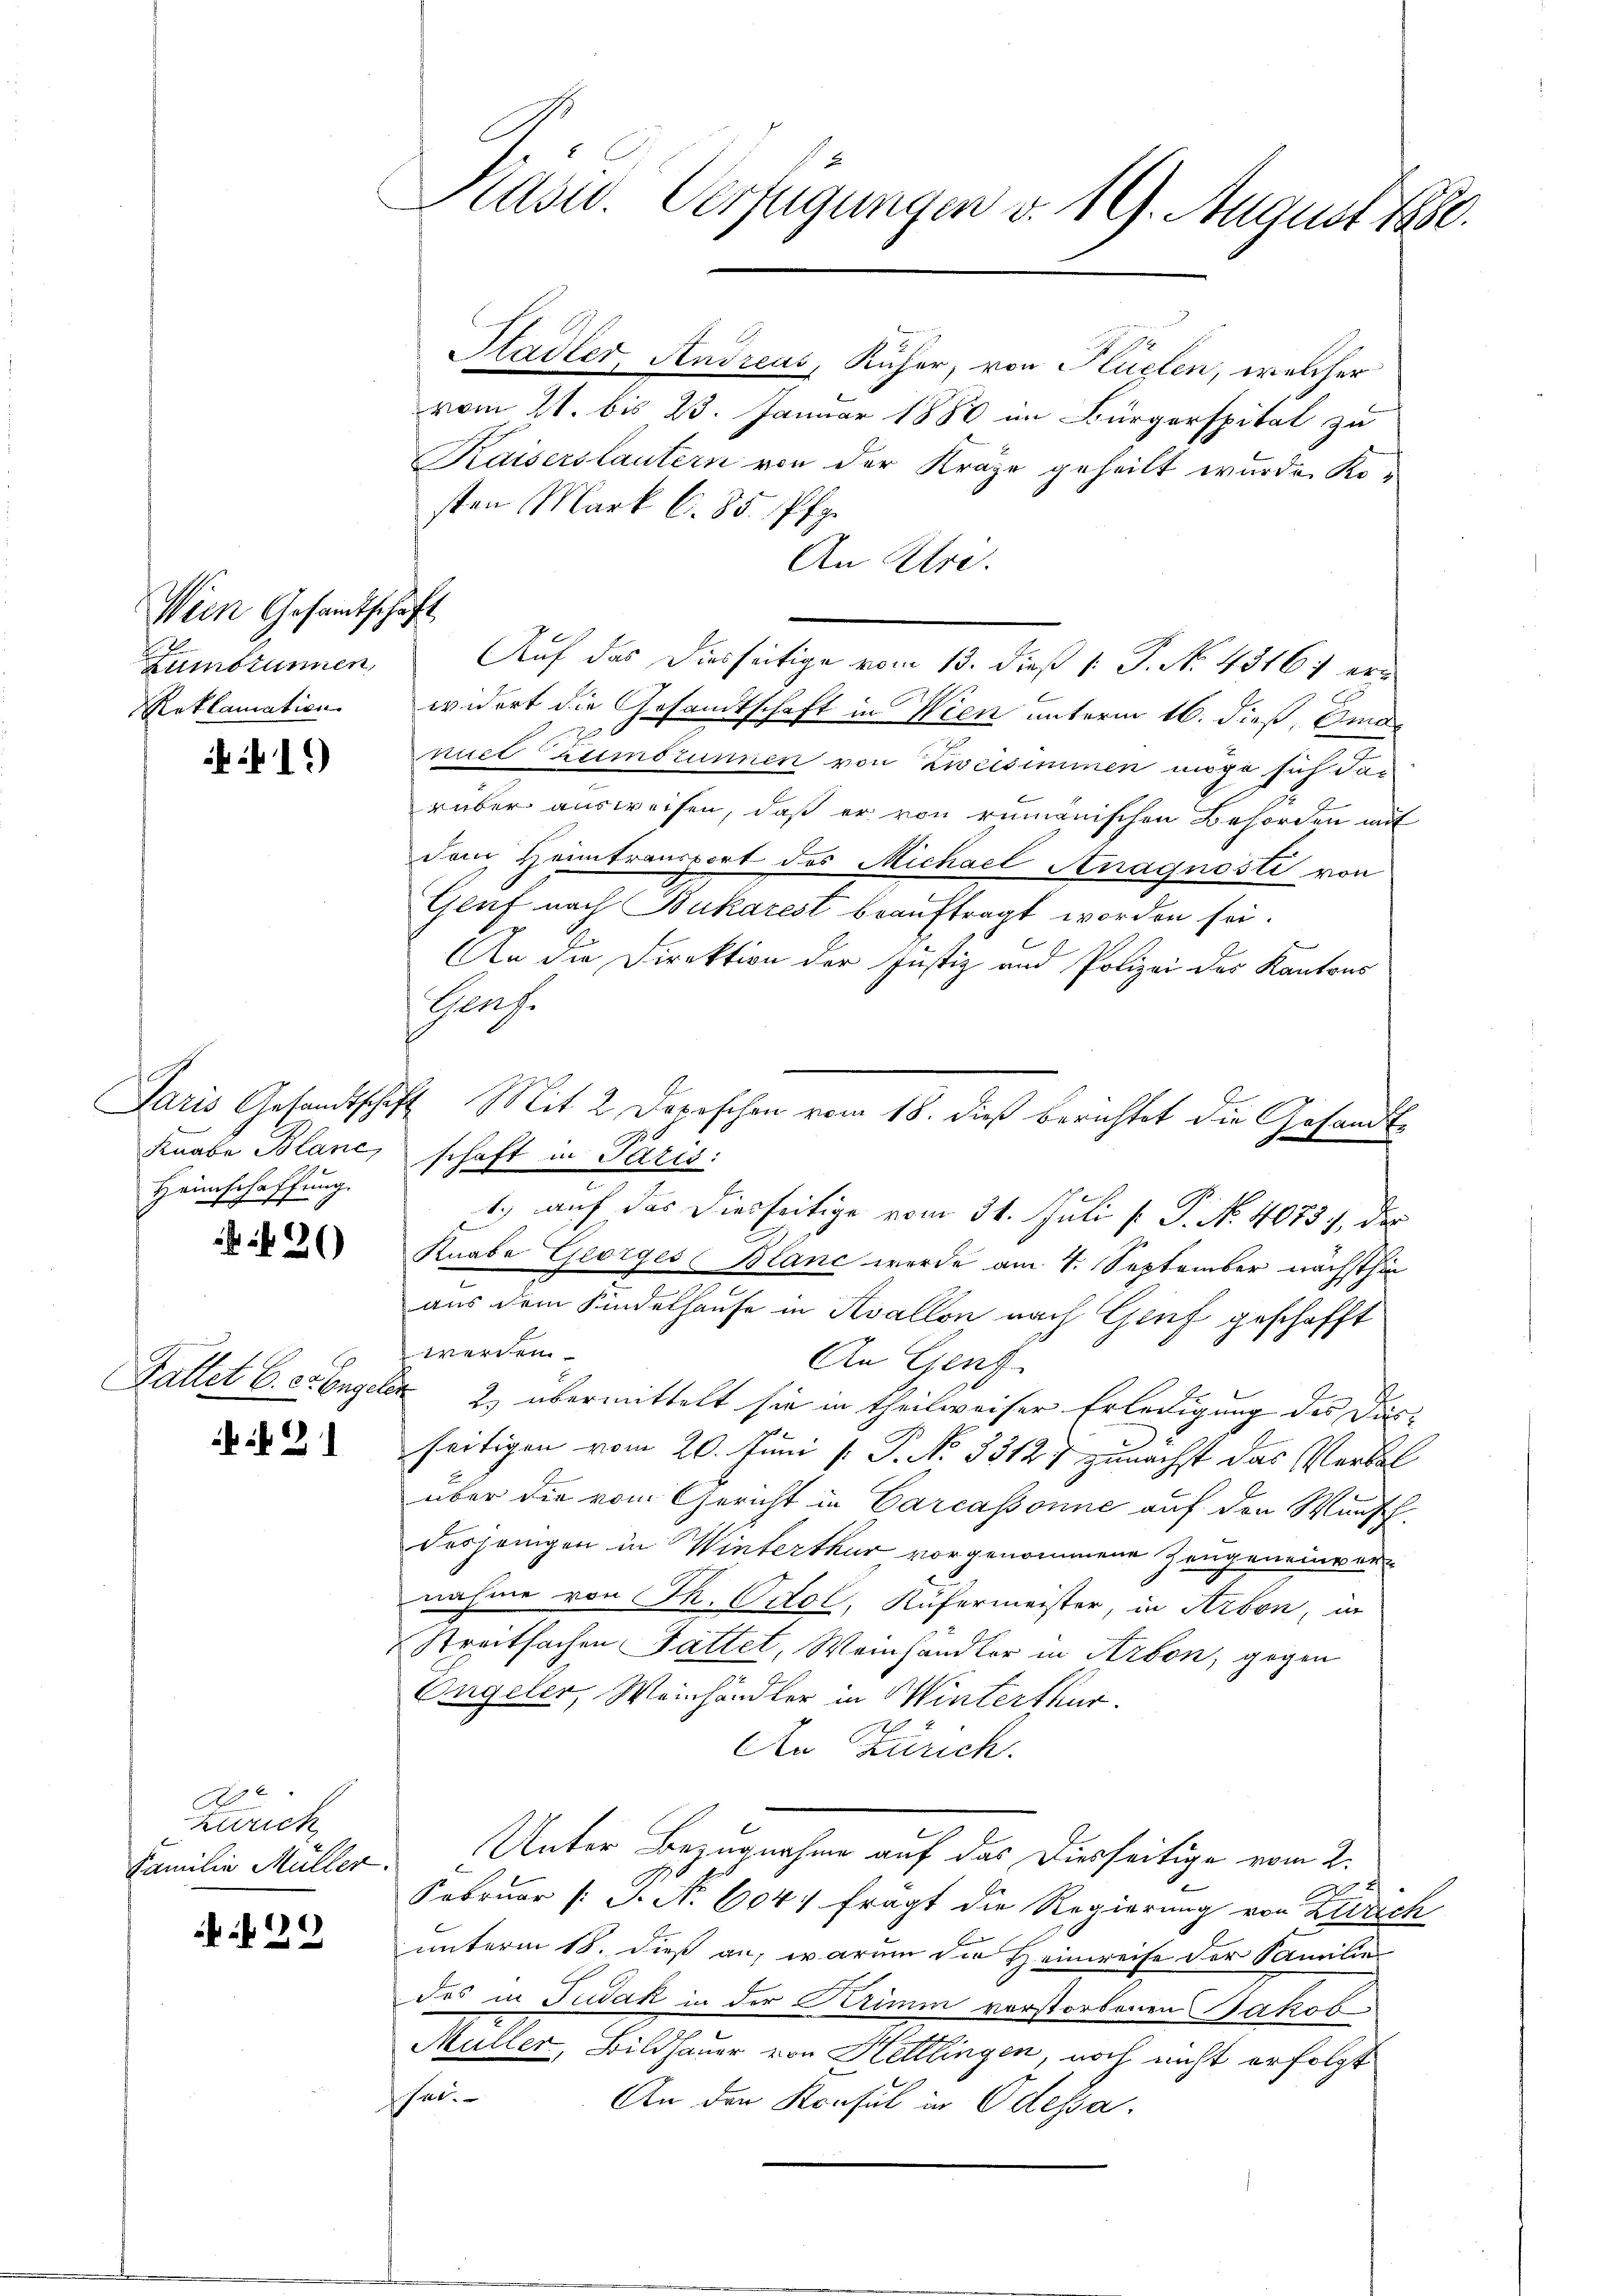
Wein Gesandtschaft
Lumbrunnen,
Reklamation

41)

¬
Knabe Blanc,
Heimschaffung.

26)

Faltet C. c. Engel

21

Zürich,
Familie Müller.

d
 2

Kasu. Verfügungen v. 19. August 1880.

Paris Gesandtschaft Mit 2 Depeschen vom 18. dieß berichtet die Gesandte

Stadler, Andreas, Ruher, von Hlüelen, welcher
vom 21. bis 23. Januar 1880 im Bürgerspital zu
Kaisers lautern von der Kräge geheilt wurde Kosten Mark C. 85. Pfg.
An Uri.
Auf das diesseitige vom 13. dieß 1: P. No. 43161 er
widert die Gesandtschaft in Wien unterm 16. dieß, Omaniel Zumdrunnen von Zweisimmen möge sich dar
rüber ausweisen, daß er von rumänischen Behörden mit
den Heimtransport des Michael Anagnosti von
Genf nach Bukarest beauftragt worden sei.
An die Direktion der Justiz und Polizei des Kantons
Haus.
schaft in Paris:
 auf das diesseitige vom 31. Juli [ P. Nr. 4083, der
Knabe Georges Blanc werde am 4. September nächsthin
aus dem Kindelhause in Avallon nach Genf geschafft
werden
An Genf
2) übermittelt sie in theilweiser Erledigung des Dürseitigen vom 20. Juni [ P. No 33127 zunächst das Verbal
über die vom Gericht in Garcassonne auf den Wunschdesjenigen in Winterthur vorgenommene Zeugeneinvernahme von Th. Octol, Küfermeister, in Arbon, in
Streitsachen Fattet, Weinhandler in Arbon, gegen
Orgeler, Weinhändler in Winterthur.
An Zürich.
Unter Bezugnahme auf das Diesseitige vom 2.
2
Februar (S. No 604 fragt die Regierung von Zürich
unterm 18. dieß an, warum die Heimreise der Familie
das in Judak in der Krimm verstorbenen Jakob
.
Müller, Bildhauer von Hettlingen, noch nicht erfolgt
shei
An den Konsul in Odessa.